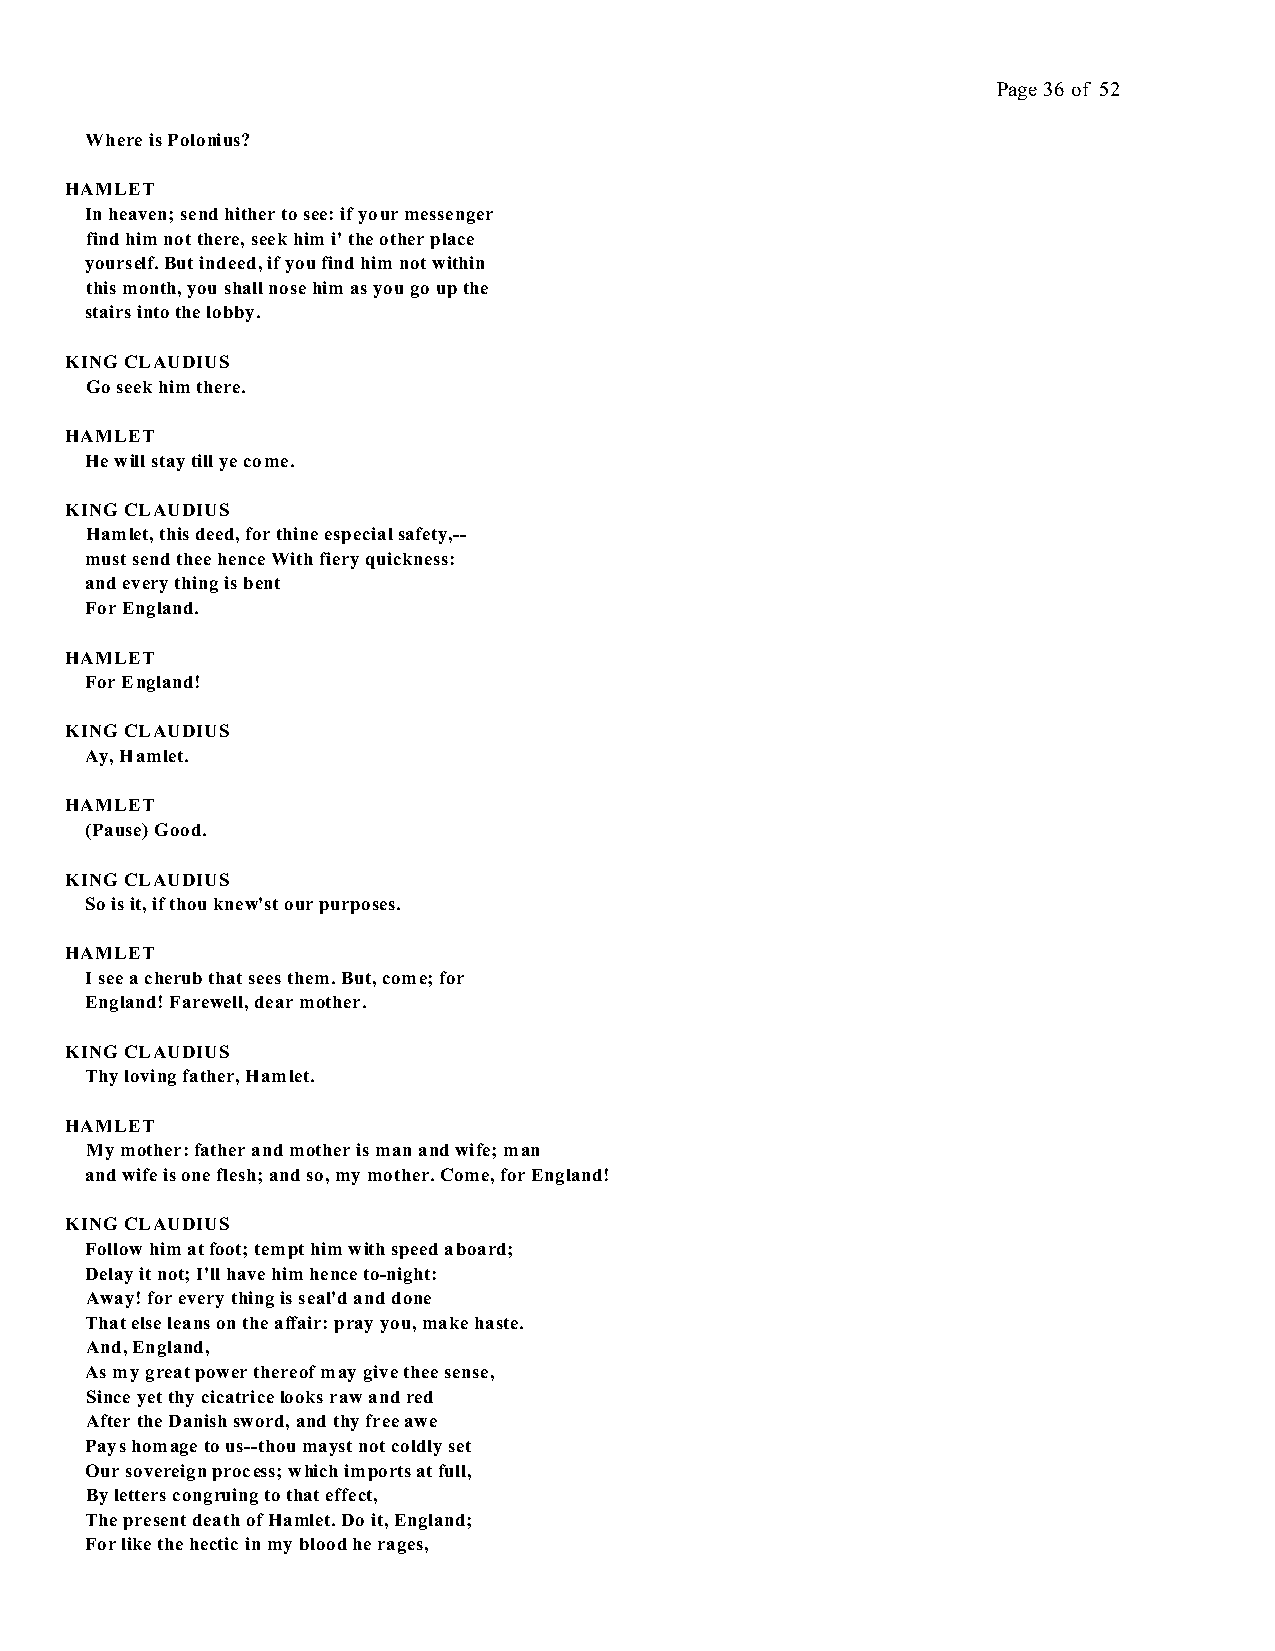
Page 36 of 52
 Where is Polonius?
 HAMLET
 In heaven; send hither to see: if your messenger
 find him not there, seek him i' the other place
 yourself. But indeed, if you find him not within
 this month, you shall nose him as you go up the
 stairs into the lobby.
 KING CLAUDIUS
 Go seek him there.
 HAMLET
 He will stay till ye come.
 KING CLAUDIUS
 Hamlet, this deed, for thine especial safety,--
 must send thee hence With fiery quickness:
 and every thing is bent
 For England.
 HAMLET
 For England!
 KING CLAUDIUS
 Ay, Hamlet.
 HAMLET
 (Pause) Good.
 KING CLAUDIUS
 So is it, if thou knew'st our purposes.
 HAMLET
 I see a cherub that sees them. But, come; for
 England! Farewell, dear mother.
 KING CLAUDIUS
 Thy loving father, Hamlet.
 HAMLET
 My mother: father and mother is man and wife; man
 and wife is one flesh; and so, my mother. Come, for England!
 KING CLAUDIUS
 Follow him at foot; tempt him with speed aboard;
 Delay it not; I'll have him hence to-night:
 Away! for every thing is seal'd and done
 That else leans on the affair: pray you, make haste.
 And, England,
 As my great power thereof may give thee sense,
 Since yet thy cicatrice looks raw and red
 After the Danish sword, and thy free awe
 Pays homage to us--thou mayst not coldly set
 Our sovereign process; which imports at full,
 By letters congruing to that effect,
 The present death of Hamlet. Do it, England;
 For like the hectic in my blood he rages,